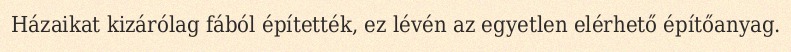
Házaikat kizárólag fából építették, ez lévén az egyetlen elérhető építőanyag.